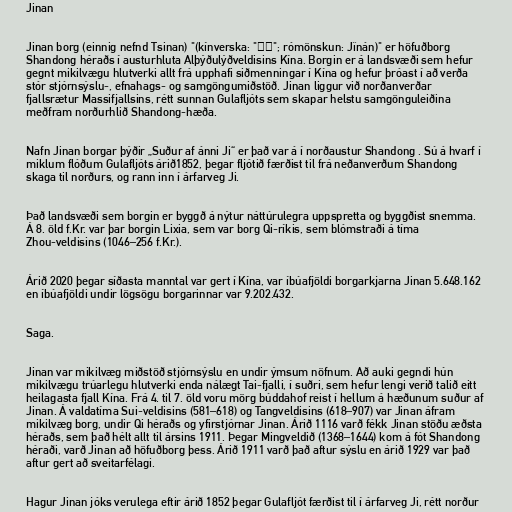
Jinan

Jinan borg (einnig nefnd Tsinan) "(kínverska: "济南"; rómönskun: Jǐnán)" er höfuðborg
Shandong héraðs í austurhluta Alþýðulýðveldisins Kína. Borgin er á landsvæði sem hefur
gegnt mikilvægu hlutverki allt frá upphafi siðmenningar í Kína og hefur þróast í að verða
stór stjórnsýslu-, efnahags- og samgöngumiðstöð. Jinan liggur við norðanverðar
fjallsrætur Massifjallsins, rétt sunnan Gulafljóts sem skapar helstu samgönguleiðina
meðfram norðurhlið Shandong-hæða.

Nafn Jinan borgar þýðir „Suður af ánni Ji“ er það var á í norðaustur Shandong . Sú á hvarf í
miklum flóðum Gulafljóts árið1852, þegar fljótið færðist til frá neðanverðum Shandong
skaga til norðurs, og rann inn í árfarveg Ji.

Það landsvæði sem borgin er byggð á nýtur náttúrulegra uppspretta og byggðist snemma.
Á 8. öld f.Kr. var þar borgin Lixia, sem var borg Qi-ríkis, sem blómstraði á tíma
Zhou-veldisins (1046–256 f.Kr.).

Árið 2020 þegar síðasta manntal var gert í Kína, var íbúafjöldi borgarkjarna Jinan 5.648.162
en íbúafjöldi undir lögsögu borgarinnar var 9.202.432.

Saga.

Jinan var mikilvæg miðstöð stjórnsýslu en undir ýmsum nöfnum. Að auki gegndi hún
mikilvægu trúarlegu hlutverki enda nálægt Tai-fjalli, í suðri, sem hefur lengi verið talið eitt
heilagasta fjall Kína. Frá 4. til 7. öld voru mörg búddahof reist í hellum á hæðunum suður af
Jinan. Á valdatíma Sui-veldisins (581–618) og Tangveldisins (618–907) var Jinan áfram
mikilvæg borg, undir Qi héraðs og yfirstjórnar Jinan. Árið 1116 varð fékk Jinan stöðu æðsta
héraðs, sem það hélt allt til ársins 1911. Þegar Mingveldið (1368–1644) kom á fót Shandong
héraði, varð Jinan að höfuðborg þess. Árið 1911 varð það aftur sýslu en árið 1929 var það
aftur gert að sveitarfélagi.

Hagur Jinan jóks verulega eftir árið 1852 þegar Gulafljót færðist til í árfarveg Ji, rétt norður